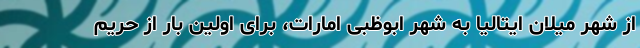
از شهر میلان ایتالیا به شهر ابوظبی امارات، برای اولین بار از حریم